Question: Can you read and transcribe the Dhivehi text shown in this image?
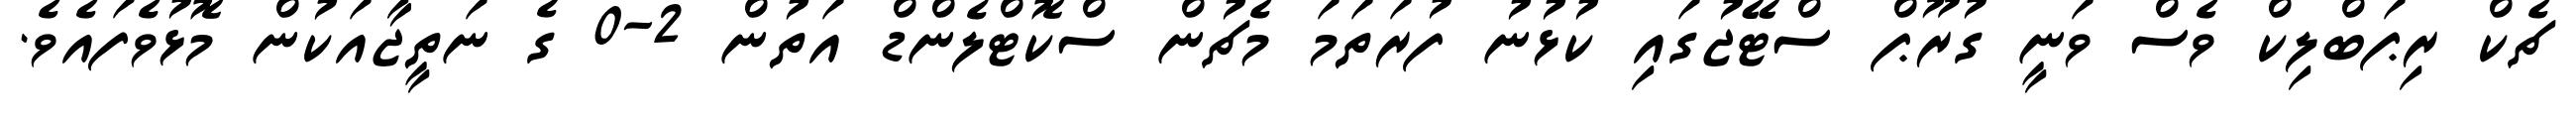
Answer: ޗެކް ރިޕަބްލިކް ވެސް ވަނީ ގުރޫޕް ސްޓޭޖުގައި ކުޅުނު ފުރަތަމަ މެޗުން ސްކޮޓްލެންޑް އަތުން 2-0 ގެ ނަތީޖާއަކުން މޮޅުވެފައެވެ.